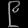
Digit: ၉